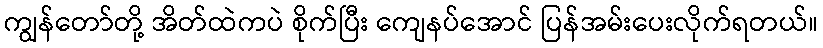
ကျွန်တော်တို့ အိတ်ထဲကပဲ စိုက်ပြီး ကျေနပ်အောင် ပြန်အမ်းပေးလိုက်ရတယ်။